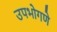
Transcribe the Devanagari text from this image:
उपभोगणे